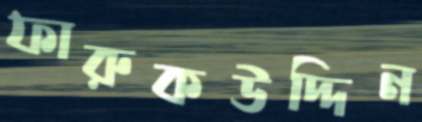
ফারুকউদ্দিন